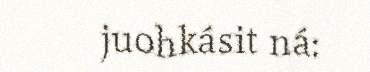
juohkásit ná: